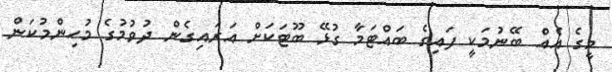
މީގެ އެއް ބޭނުމަކީ ފައިގެ ބައްޓަމާ ގުޅޭ ބޫޓަކަށް އަރައިގެން ދުވުމުގެ މުހިންމުކަން